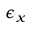
\epsilon _ { x }